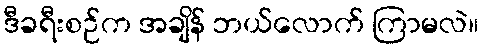
ဒီခရီးစဉ်က အချိန် ဘယ်လောက် ကြာမလဲ။